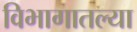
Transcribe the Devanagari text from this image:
विभागातल्या